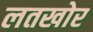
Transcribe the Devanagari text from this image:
लतखोर